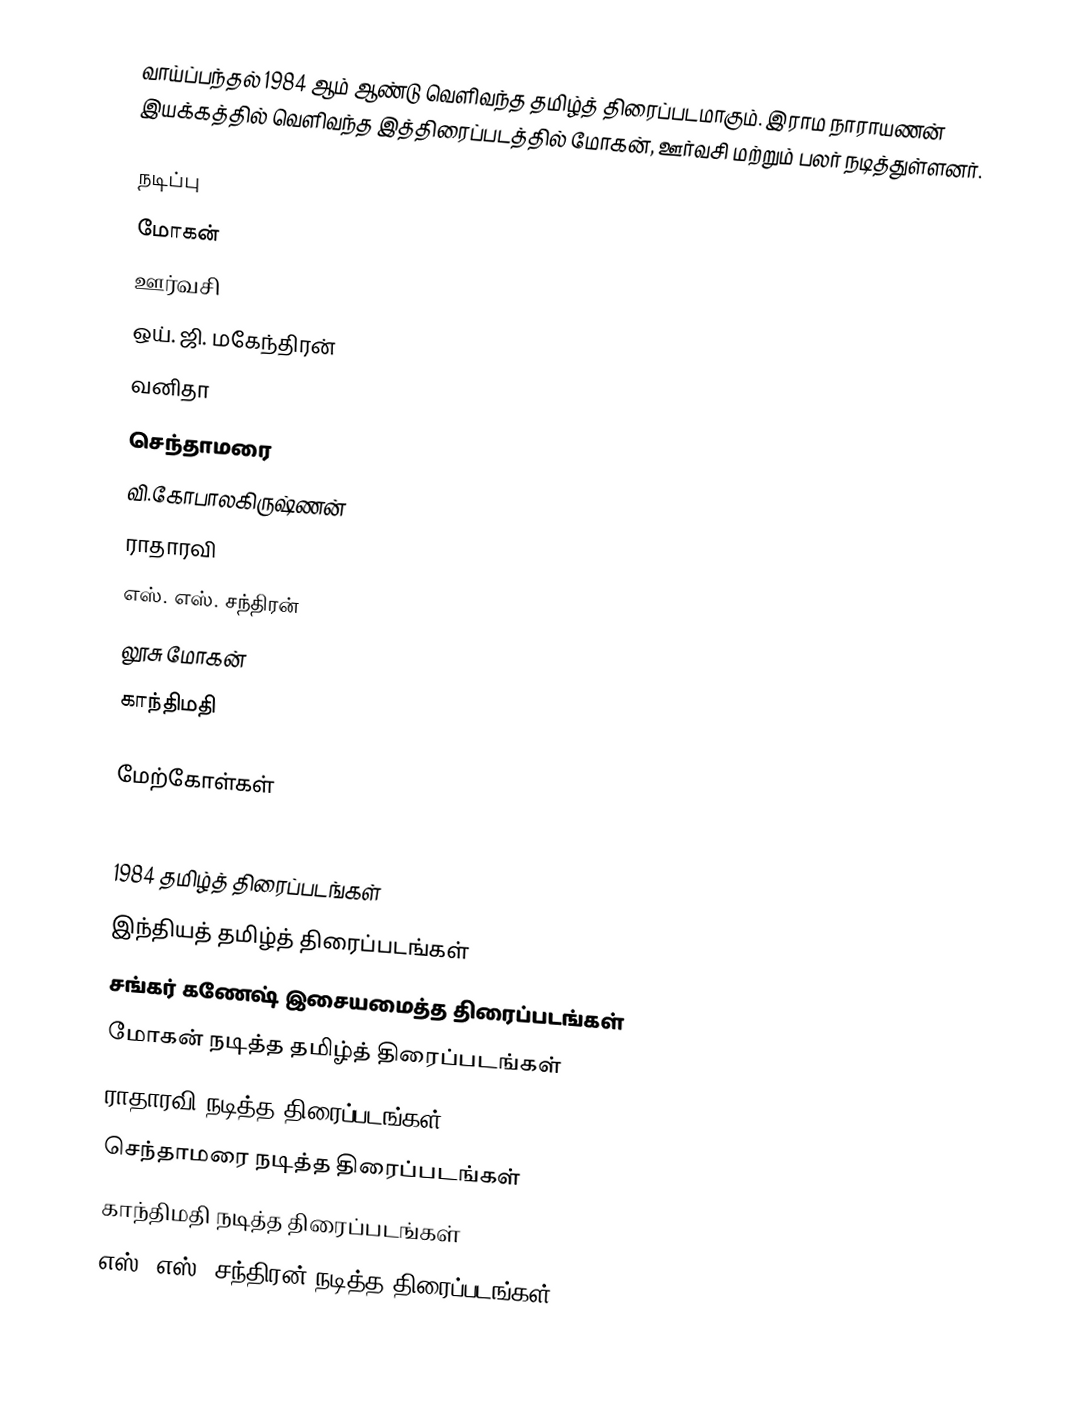
வாய்ப்பந்தல் 1984 ஆம் ஆண்டு வெளிவந்த தமிழ்த் திரைப்படமாகும். இராம நாராயணன் இயக்கத்தில் வெளிவந்த இத்திரைப்படத்தில் மோகன், ஊர்வசி மற்றும் பலர் நடித்துள்ளனர்.

நடிப்பு
 மோகன்
 ஊர்வசி
 ஒய். ஜி. மகேந்திரன்
 வனிதா
 செந்தாமரை
 வி.கோபாலகிருஷ்ணன்
 ராதாரவி
 எஸ். எஸ். சந்திரன்
 லூசு மோகன்
 காந்திமதி

மேற்கோள்கள்

1984 தமிழ்த் திரைப்படங்கள்
இந்தியத் தமிழ்த் திரைப்படங்கள்
சங்கர் கணேஷ் இசையமைத்த திரைப்படங்கள்
மோகன் நடித்த தமிழ்த் திரைப்படங்கள்
ராதாரவி நடித்த திரைப்படங்கள்
செந்தாமரை நடித்த திரைப்படங்கள்
காந்திமதி நடித்த திரைப்படங்கள்
எஸ். எஸ். சந்திரன் நடித்த திரைப்படங்கள்